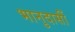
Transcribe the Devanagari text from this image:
भानुदासीं